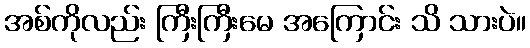
အစ်ကိုလည်း ကြီးကြီးမေ အကြောင်း သိ သားပဲ။